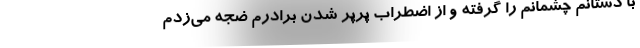
با دستانم چشمانم را گرفته و از اضطراب پَرپَر شدن برادرم ضجه می‌زدم